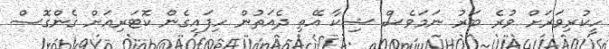
ހީކުރިވަރަށް ވުރެ ބަރު ނަމަވެސް ޝިކާ އޭތި ދެއަތުން ހިފައިގެން ކޮޓަރިއަށް ގެންގޮސް